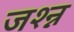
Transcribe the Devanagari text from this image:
जश्न्न